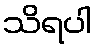
သိရပါ